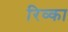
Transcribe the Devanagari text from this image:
रिव्का